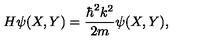
H \psi ( X , Y ) = \frac { \hbar ^ { 2 } k ^ { 2 } } { 2 m } \psi ( X , Y ) ,